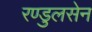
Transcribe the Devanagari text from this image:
रण्डुलसेन